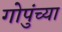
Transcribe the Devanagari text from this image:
गोपुंच्या